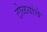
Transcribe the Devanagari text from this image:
टोळयांचे